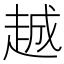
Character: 𬦌